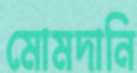
মোমদানি